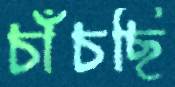
চাঁচছি